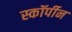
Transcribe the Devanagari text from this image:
स्कॉर्पीन